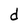
Character: d